Document type: Sale
Year: 1235
Scribe: Pere de Bages
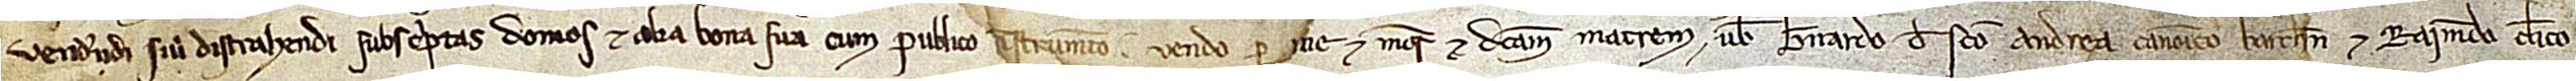
vendendi sive distrahendi subscriptas domos et alia bna sua cum publico instrumento, vendo per me et meos et dictam matrem vobis Bernardo de Sancto Andrea, canonico Barchinone, et Raimundo, clerico